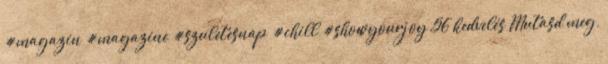
#magazin #magazine #szuletesnap #chill #showyourjoy 56 kedvelés Mutasd meg,